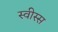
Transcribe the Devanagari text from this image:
स्वीस्स